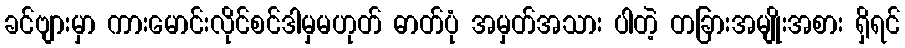
ခင်ဗျားမှာ ကားမောင်းလိုင်စင်ဒါမှမဟုတ် ဓာတ်ပုံ အမှတ်အသား ပါတဲ့ တခြားအမျိုးအစား ရှိရင်